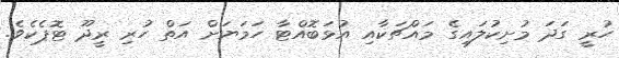
ހުރީ ގަދަ މުށިކުލައިގެ މައްޗަކާއި އުޅަބޮއްޓާ ހަމަޔަށް އަތް ހުރި ރީދޫ ޓޮޕެކެވެ.